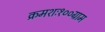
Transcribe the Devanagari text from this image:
क्रमशः१००ग्राम